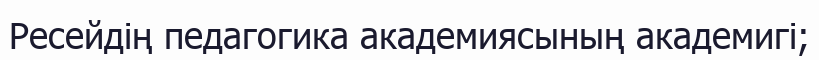
Ресейдің педагогика академиясының академигі;